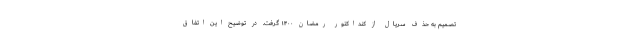
تصمیم به حذف سریال از کنداکتور رمضان ۱۴۰۰ گرفت. در توضیح این اتفاق